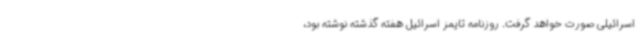
اسرائیلی صورت خواهد گرفت. روزنامه تایمز اسرائیل هفته گذشته نوشته بود،